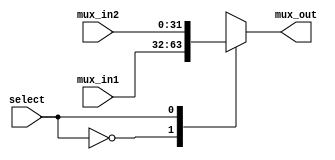
`timescale 1ns/1ns

module MUX2_to_1_32bit (mux_in1, mux_in2, mux_out, select);

    parameter  bit_width = 32;

    input [bit_width-1:0] mux_in1,mux_in2;
    output reg  [bit_width-1:0] mux_out;
    input select;
	 

    always@(*)
    begin
        case(select)
            1'b0: mux_out <= mux_in1;
            1'b1: mux_out <= mux_in2;
            default: mux_out <= mux_in1;
        endcase
    end

endmodule